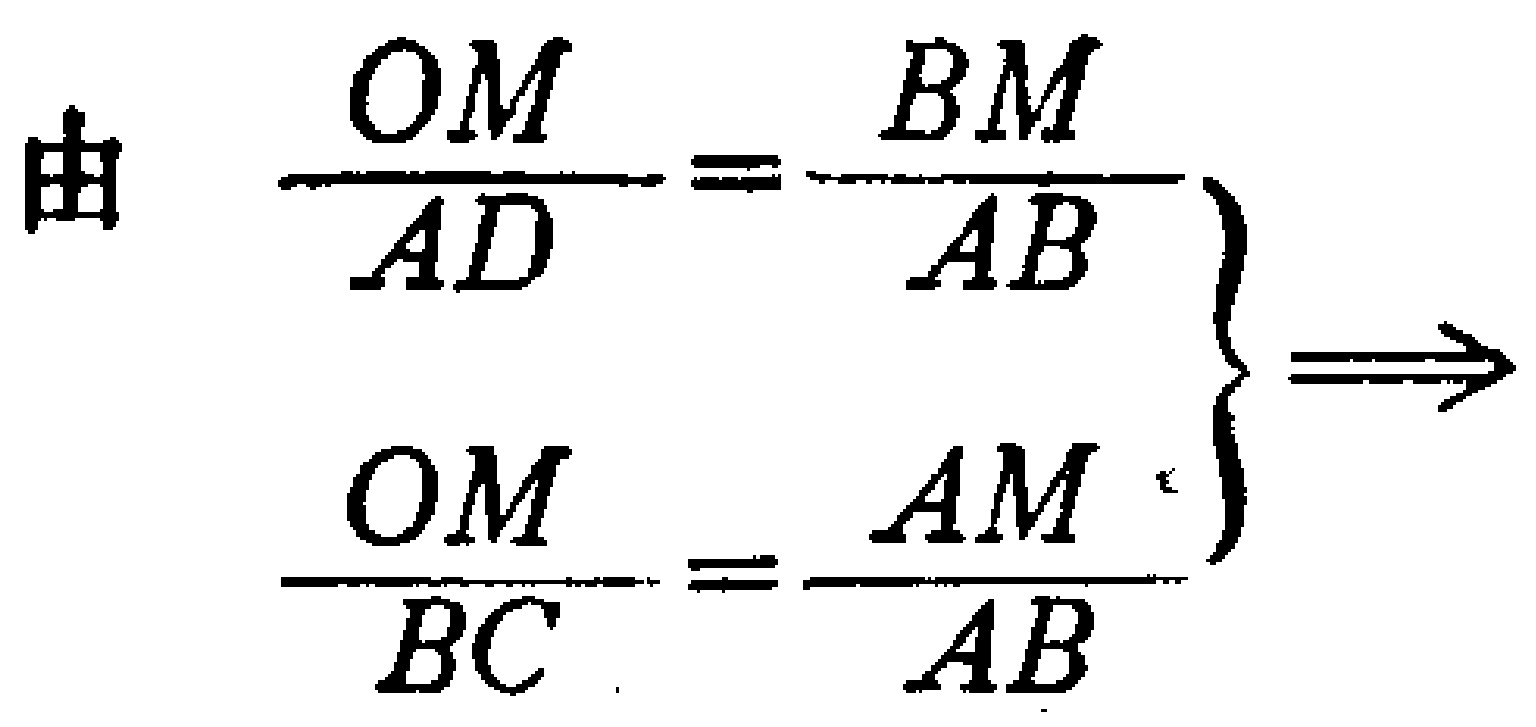
由
\[
\left.
\begin{array}{l}
\frac{OM}{AD}=\frac{BM}{AB}\\
\frac{OM}{BC}=\frac{AM}{AB}
\end{array}
\right\}
\Rightarrow
\]